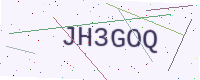
Text: JH3GOQ